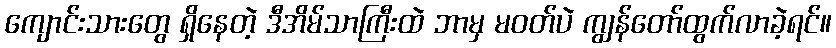
ကျောင်းသားတွေ ရှိနေတဲ့ ဒီအိမ်သာကြီးထဲ ဘာမှ မဝတ်ပဲ ကျွန်တော်ထွက်လာခဲ့ရင်။